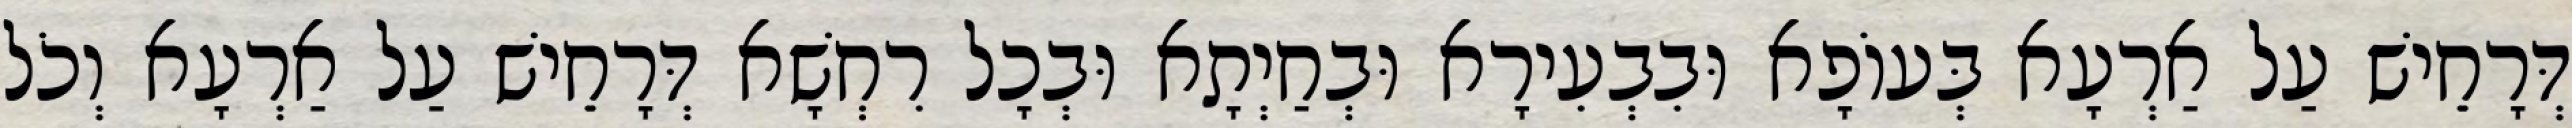
דְּרָחֵישׁ עַל אַרְעָא בְּעוֹפָא וּבִבְעִירָא וּבְחַיְתָא וּבְכָל רִחְשָׁא דְּרָחֵישׁ עַל אַרְעָא וְכֹל